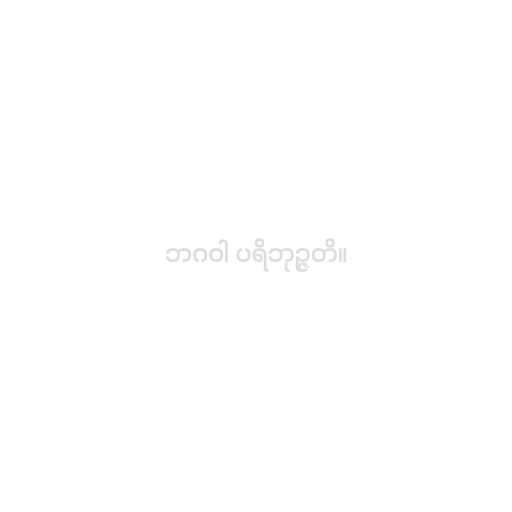
ဘဂဝါ ပရိဘုဉ္ဇတိ။